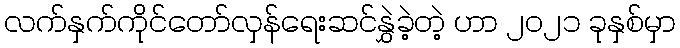
လက်နှက်ကိုင်တော်လှန်ရေးဆင်နွှဲခဲ့တဲ့ ဟာ ၂၀၂၁ ခုနှစ်မှာ